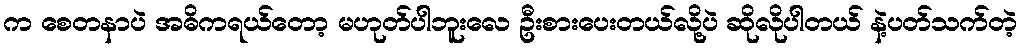
က စေတနာပဲ အဓိကရယ်တော့ မဟုတ်ပါဘူးလေ ဦးစားပေးတယ်လို့ပဲ ဆိုလိုပါတယ် နဲ့ပတ်သက်တဲ့